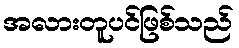
အလားတူပင်ဖြစ်သည်